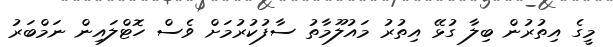
މީގެ އިތުރުން ބިލާ ގުޅޭ އިތުރު މައުލޫމާތު ސާފުކުރުމަށް ވެސް ހޮޓްލައިން ނަމްބަރު